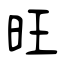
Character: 旺